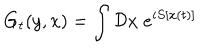
LaTeX: G _ { t } ( y , x ) = \int { \cal D } x \; e ^ { i S [ x ( t ) ] }